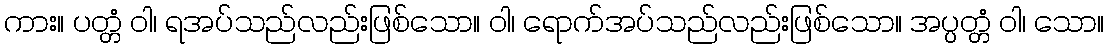
ကား။ ပတ္တံ ဝါ၊ ရအပ်သည်လည်းဖြစ်သော။ ဝါ၊ ရောက်အပ်သည်လည်းဖြစ်သော။ အပ္ပတ္တံ ဝါ၊ သော။